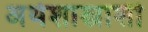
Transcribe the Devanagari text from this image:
अर्थशास्त्राशी